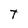
Character: T